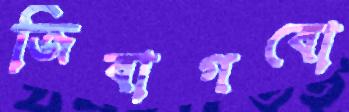
জিবাগবো